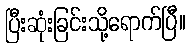
ပြီးဆုံးခြင်းသို့ရောက်ပြီ။